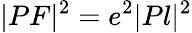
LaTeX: |PF|^{2}=e^{2}|Pl|^{2}